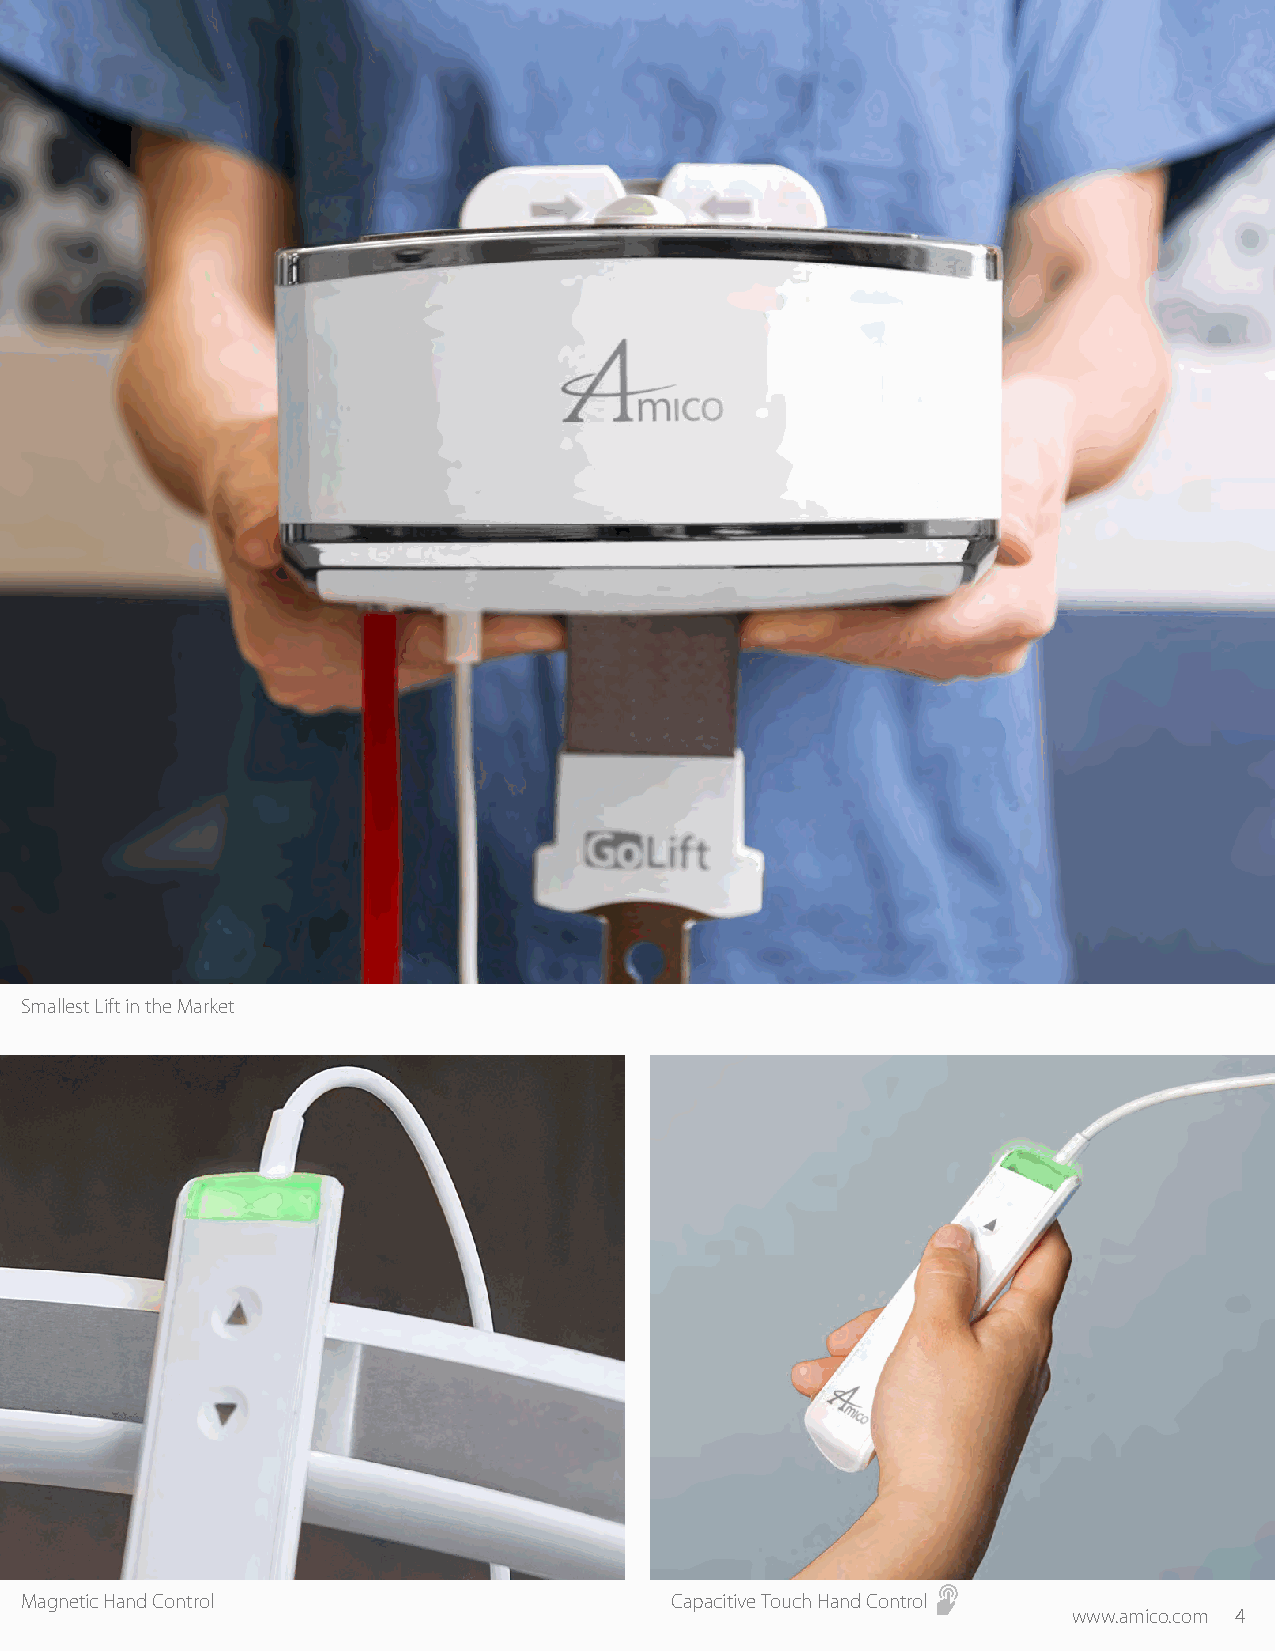
Smallest Lift in the Market
 Magnetic Hand Control                      Capacitive Touch Hand Control
 www.amico.com 4